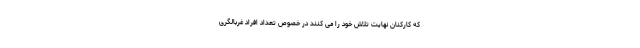
که کارکنان نهایت تلاش خود را می کنند در خصوص تعداد افراد غربالگری